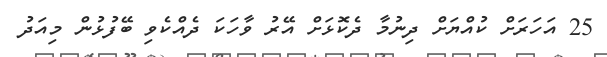
25 އަހަރަށް ކުއްޔަށް ދިނުމާ ދެކޮޅަށް އޭރު ވާހަކަ ދެއްކެވި ބޭފުޅުން މިއަދު